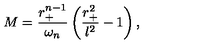
M = \frac { r _ { + } ^ { n - 1 } } { \omega _ { n } } \left( \frac { r _ { + } ^ { 2 } } { l ^ { 2 } } - 1 \right) ,